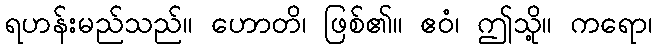
ရဟန်းမည်သည်။ ဟောတိ၊ ဖြစ်၏။ ဧဝံ၊ ဤသို့။ ကရော၊